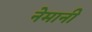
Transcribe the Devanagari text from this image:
नेमानी